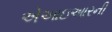
એઆઇઆરની